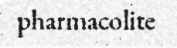
pharmacolite